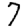
Digit: 7